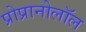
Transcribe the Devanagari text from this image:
प्रोप्रानोलॉल